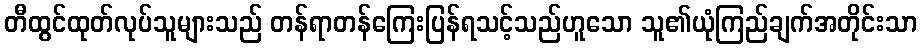
တီထွင်ထုတ်လုပ်သူများသည် တန်ရာတန်ကြေးပြန်ရသင့်သည်ဟူသော သူ၏ယုံကြည်ချက်အတိုင်းသာ